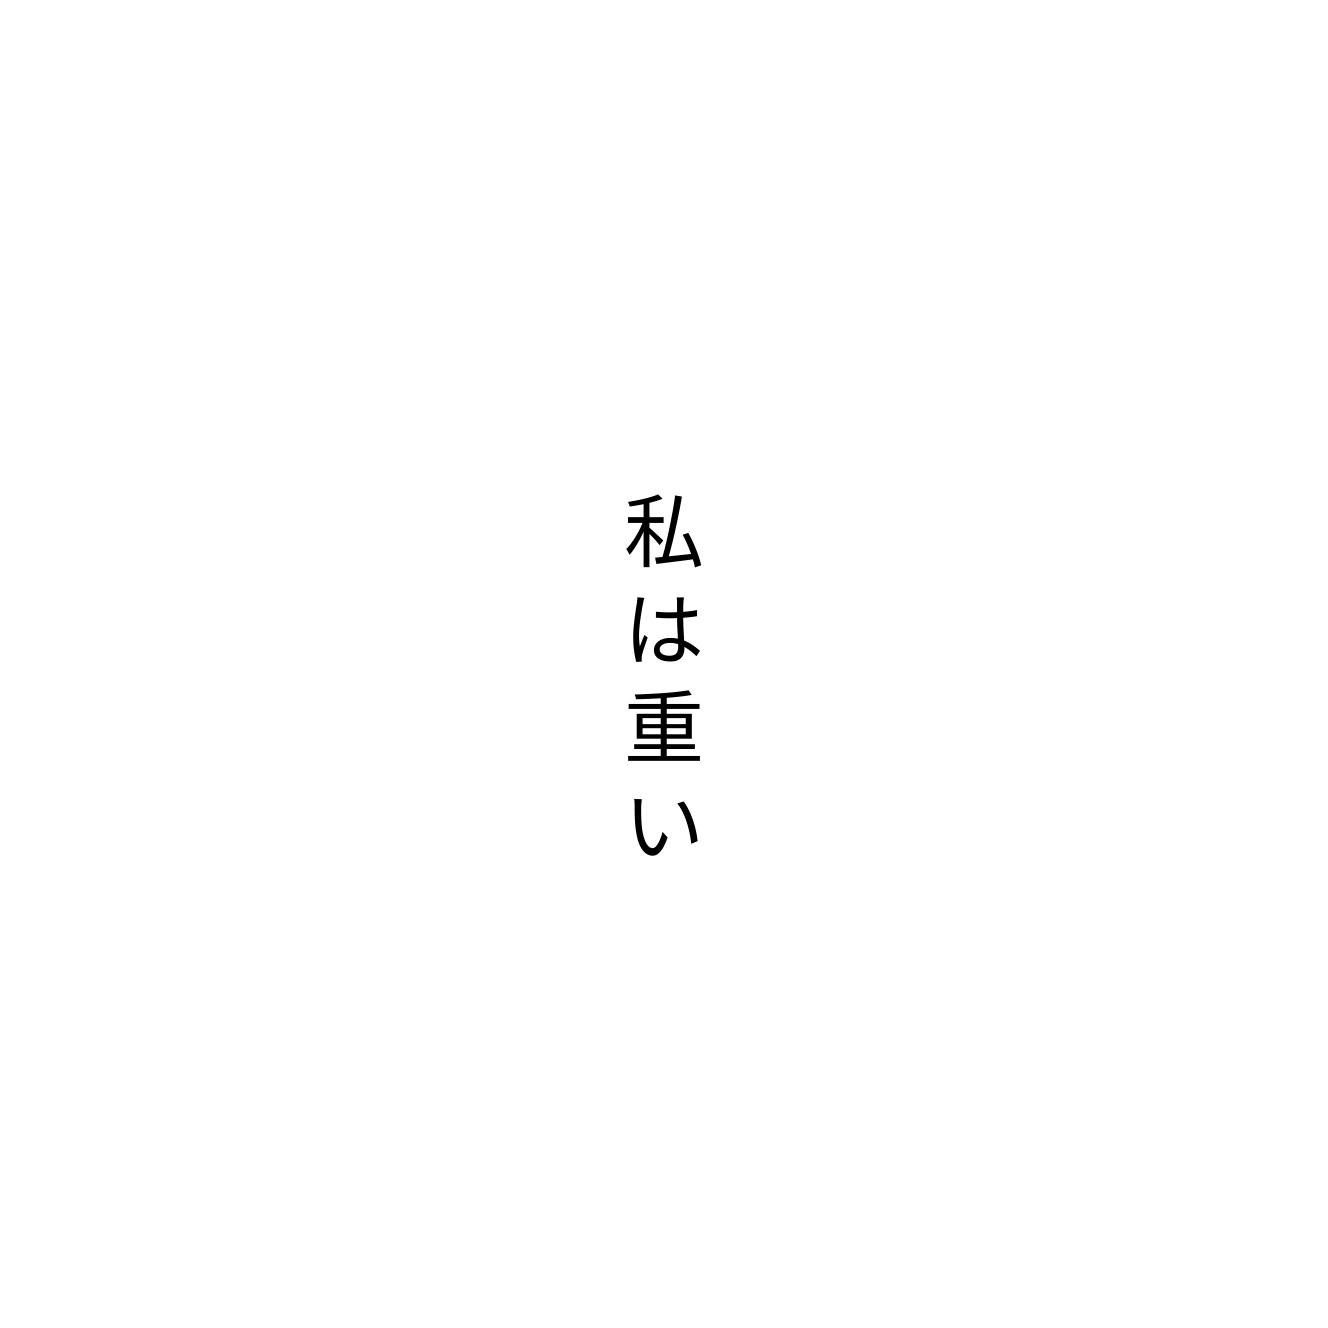
私は重い